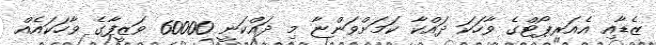
ޒެޑާއި އެއަރޕޯޓްގެ ވާހަކަ ދައްކާ ކަމަށްވަންޏާ މި ދައްކަނީ 60000 ވަޒީފާގެ ވާހަކައެއް